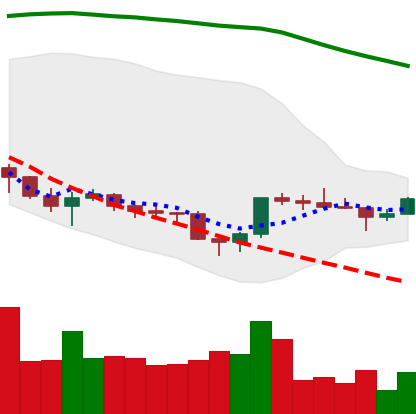
Ticker: ETC-USD
Chart end date: 2022-11-30
Forward return: -4.19%
Label: down_3_5